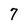
Character: 7